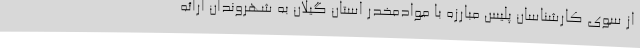
از سوی کارشناسان پلیس مبارزه با موادمخدر استان گیلان به شهروندان ارائه